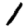
Digit: 1